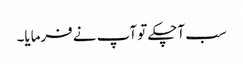
سب آچکے تو آپ نے فرمایا۔